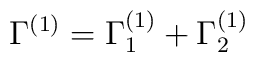
\Gamma^{(1)}=\Gamma^{(1)}_1+\Gamma^{(1)}_2